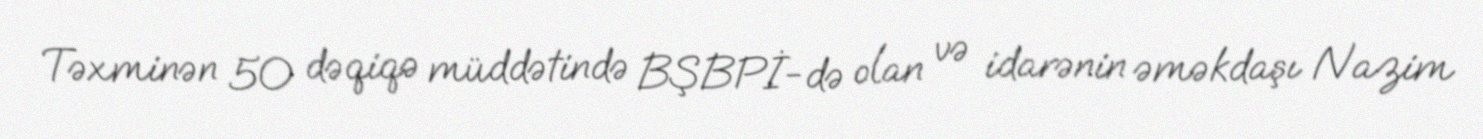
Təxminən 50 dəqiqə müddətində BŞBPİ-də olan və idarənin əməkdaşı Nazim